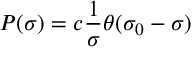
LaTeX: P ( \sigma ) = c { \frac { 1 } { \sigma } } \theta ( \sigma _ { 0 } - \sigma )